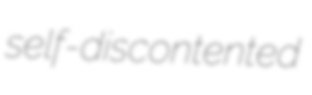
self-discontented